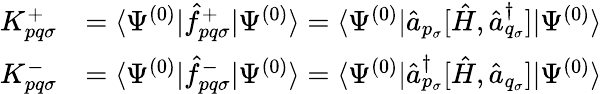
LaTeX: \begin{array}{rl}{K_{pq\sigma}^{+}}&{=\langle\Psi^{(0)}|\hat{f}_{pq\sigma}^{+}|\Psi^{(0)}\rangle=\langle\Psi^{(0)}|\hat{a}_{p_{\sigma}}[\hat{H},\hat{a}_{q_{\sigma}}^{\dagger}]|\Psi^{(0)}\rangle}\\ {K_{pq\sigma}^{-}}&{=\langle\Psi^{(0)}|\hat{f}_{pq\sigma}^{-}|\Psi^{(0)}\rangle=\langle\Psi^{(0)}|\hat{a}_{p_{\sigma}}^{\dagger}[\hat{H},\hat{a}_{q_{\sigma}}]|\Psi^{(0)}\rangle}\end{array}